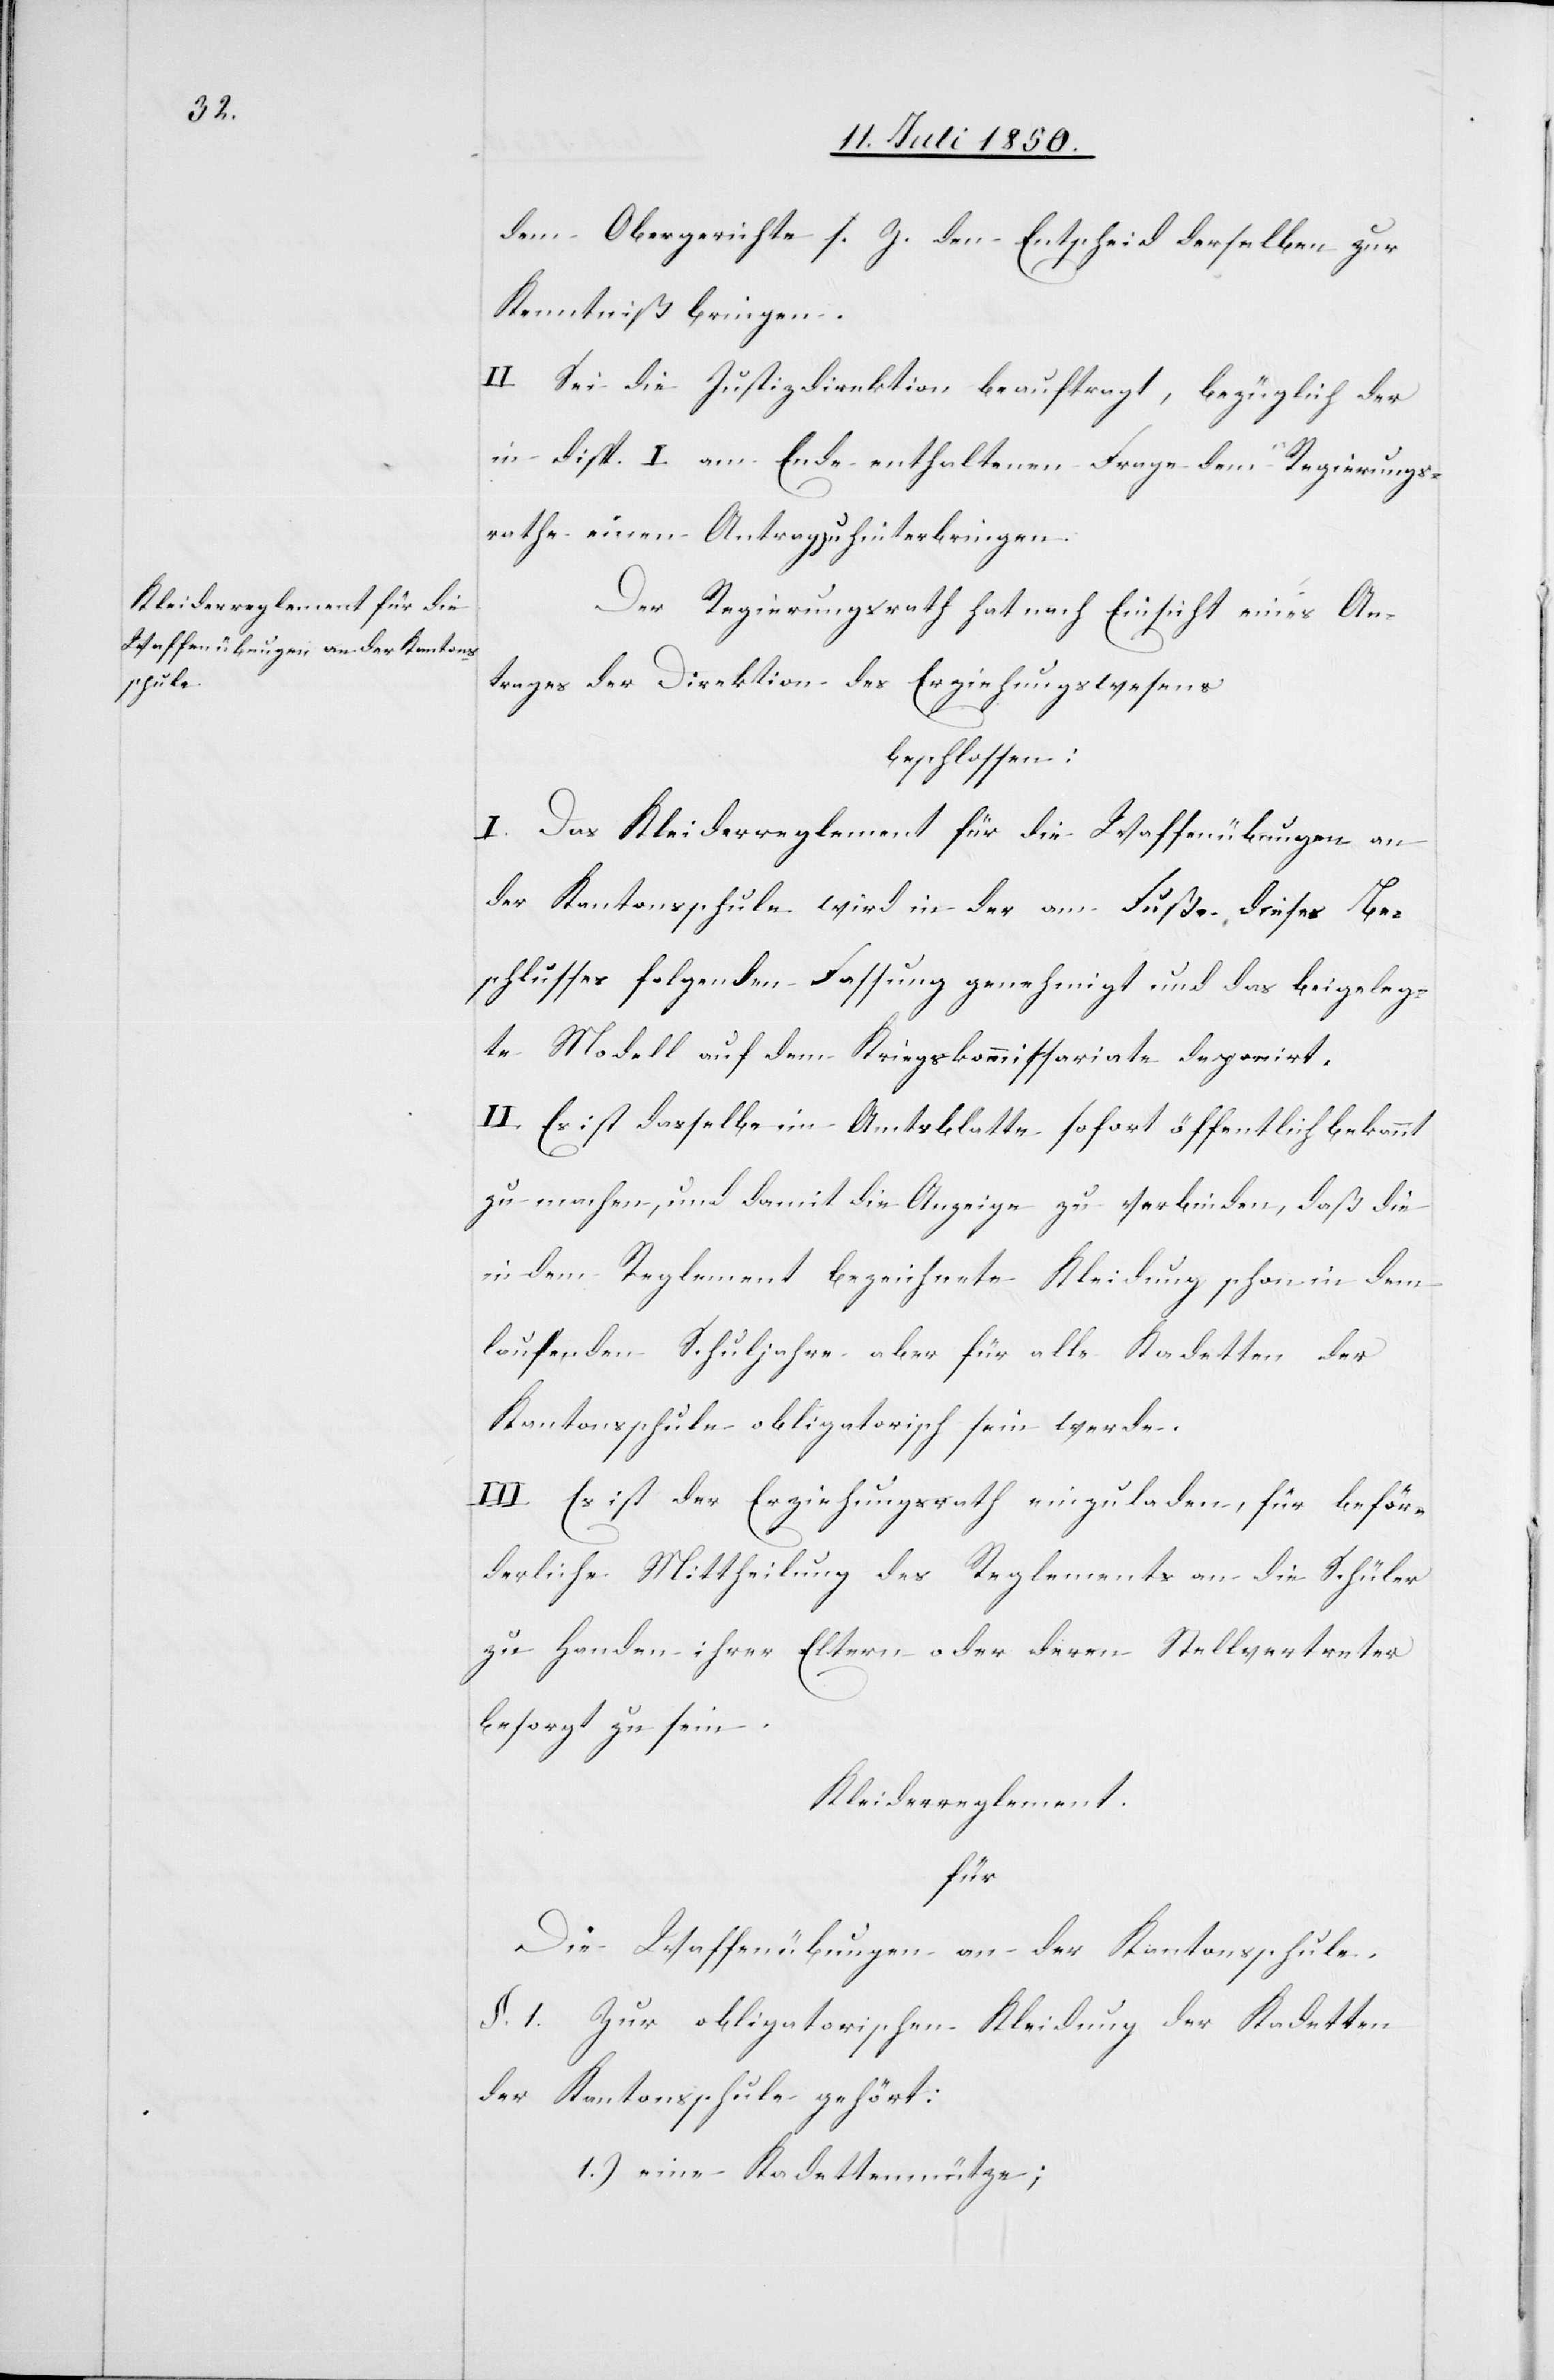
Der Regierungsrath hat nach Einsicht eines An¬
trages der Direktion des Erziehungswesens
beschlossen:
I. Das Kleiderreglement für die Waffenübungen an
der Kantonsschule wird in der am Fuße dieses Be¬
schlusses folgenden Fassung genehmigt und das beigeleg¬
te Modell auf dem Kriegskommissariate deponirt.
II. Es ist dasselbe im Amtsblatte sofort öffentlich bekannt
zu machen, und damit die Anzeige zu verbinden, daß die
in dem Reglement bezeichnete Kleidung schon in dem
laufenden Schuljahre aber für alle Kadetten der
Kantonsschule obligatorisch sein werde.
III. Es ist der Erziehungsrath einzuladen, für beför¬
derliche Mittheilung des Reglements an die Schüler
zu Handen ihrer Eltern oder deren Stellvertreter
besorgt zu sein.
Kleiderreglement
für
Die Waffenübungen an der Kantonsschule.
§. 1. Zur obligatorischen Kleidung der Kadetten
der Kantonsschule gehört:
1.) eine Kadettenmütze;